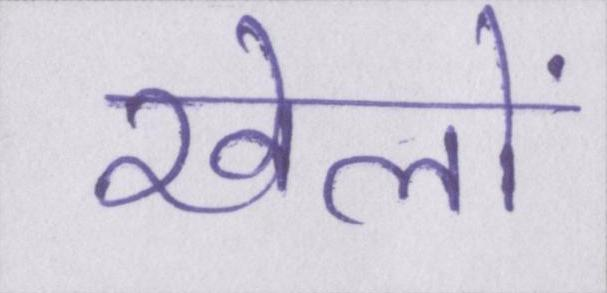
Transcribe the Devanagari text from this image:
खेलों